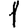
Digit: 1